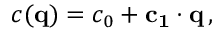
c ( \mathbf { q } ) = c _ { 0 } + \mathbf { c _ { 1 } } \cdot \mathbf { q } \, ,